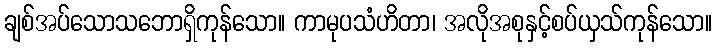
ချစ်အပ်သောသဘောရှိကုန်သော။ ကာမုပသံဟိတာ၊ အလိုအစုနှင့်စပ်ယှသ်ကုန်သော။